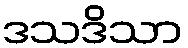
ဒသဒိသာ